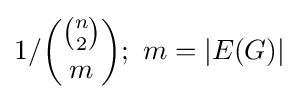
1/{\binom {\binom {n}{2}}{m}};\ m=|E(G)|